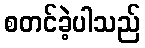
စတင်ခဲ့ပါသည်